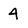
Character: 4